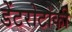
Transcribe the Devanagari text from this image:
डेंटरोटोकी